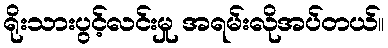
ရိုးသားပွင့်လင်းမှု အရမ်းလိုအပ်တယ်။